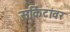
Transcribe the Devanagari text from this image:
सर्किटांवर